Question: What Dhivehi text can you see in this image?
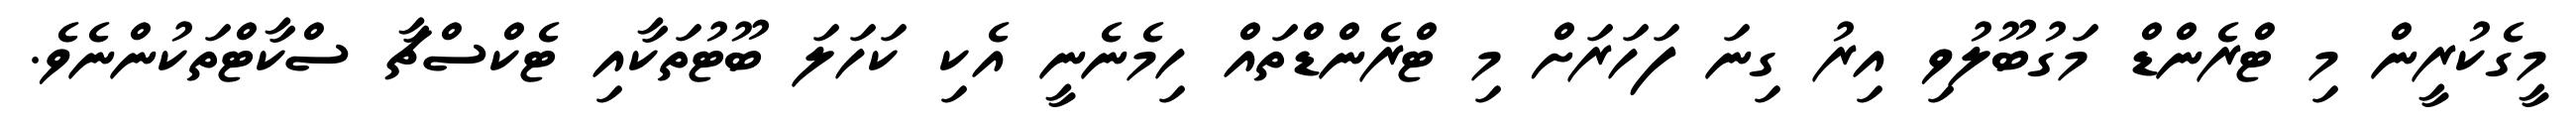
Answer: މީގެކުރީން މި ޓްރެންޑް މަގުބޫލުވި އިރު ގިނަ ފަހަރަށް މި ޓްރެންޑްތައް ހިމެނެނީ އެކި ކަހަލަ ބޫޓުތަކާއި ޓެކްސްޗާ ސްކާޓްތަކުންނެވެ.